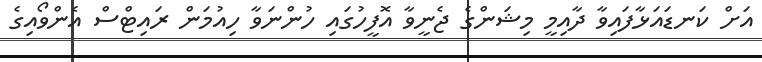
އަށް ކަނޑައަޅާފައިވާ ދާއިމީ މިޝަންގެ ޖެނީވާ އޮފީހުގައި ހުންނަވާ ހިއުމަން ރައިޓްސް އެންވޯއިގެ